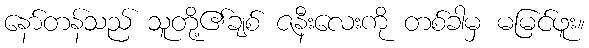
နော်တန်သည် သူတို့၏ချစ် ဇနီးလေးကို တစ်ခါမှ မမြင်ဖူး။